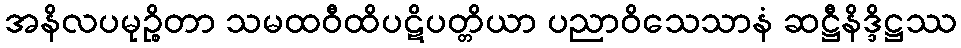
အနိလပမုဉ္စိတာ သမထဝီထိပဋိပတ္တိယာ ပညာဝိသေသာနံ ဆဋ္ဌီနိဒ္ဒိဋ္ဌဿ